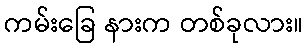
ကမ်းခြေ နားက တစ်ခုလား။